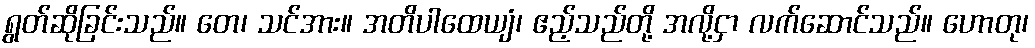
ရွတ်ဆိုခြင်းသည်။ တေ၊ သင်အား။ အတိပါထေယျံ၊ ဧည့်သည်တို့ အလို့ငှာ လက်ဆောင်သည်။ ဟောတု၊